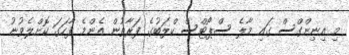
މި އިނިންގްސް ގައި މާލެ ސްޕޯޓްސް ކްލަބުގެ ފަރާތުން އެންމެ ފާހަގަ ކޮށްލެވުނު